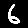
Digit: 6